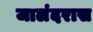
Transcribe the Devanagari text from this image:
जालंदरास